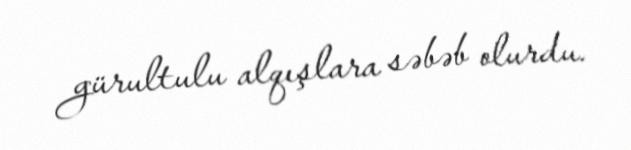
gürultulu alqışlara səbəb olurdu.